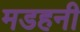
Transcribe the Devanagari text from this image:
मडहनी